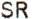
SR